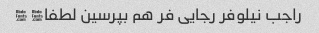
راجب نیلوفر رجایی فر هم‌ بپرسین لطفا� �